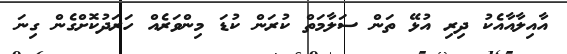
އާއިލާއާއެކު ދިރި އުޅޭ ތަން ސަލާމަތް ކުރަން ކުޑަ މިންވަރެއް ހަރަދުކޮށްގެން ގިނަ